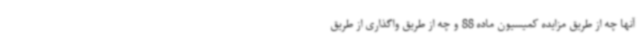
آنها چه از طریق مزایده کمیسیون ماده 88 و چه از طریق واگذاری از طریق